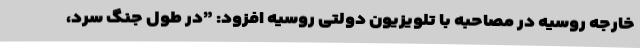
خارجه روسیه در مصاحبه با تلویزیون دولتی روسیه افزود: ”در طول جنگ سرد،